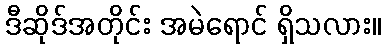
ဒီဆိုဒ်အတိုင်း အမဲရောင် ရှိသလား။